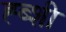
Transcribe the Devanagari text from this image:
ह्ब्शी